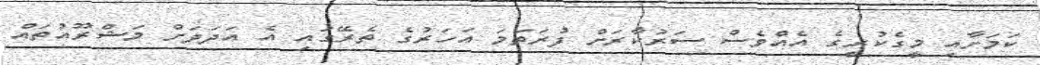
ކަމަށާއި މީގެކުރީގެ އެއްވެސް ސަރުކާރަށް ފުރަތަމަ އަހަރުގެ ތެރޭގައި އެ އަދަދަށް މަޝްރޫއުތައް